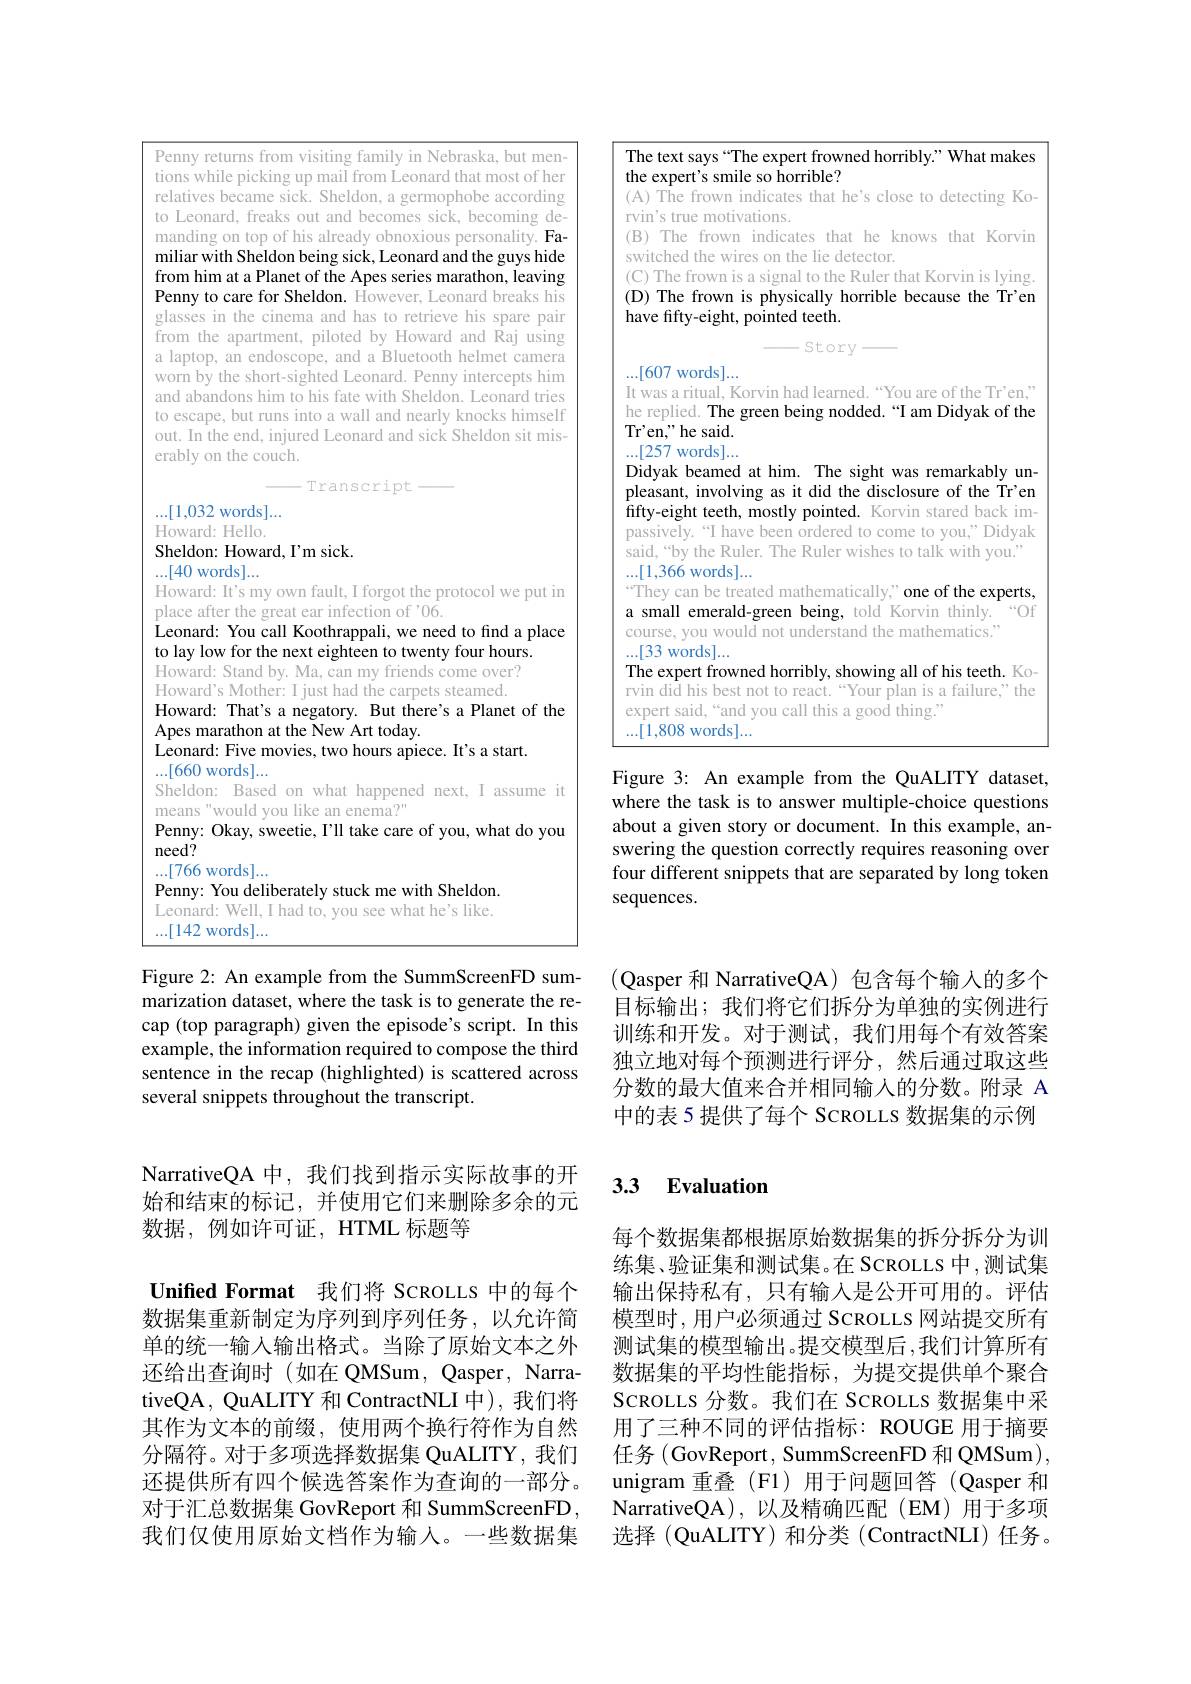
Penny returns from visiting family in Nebraska, but mentions while picking up mail from Leonard that most of her relatives became sick. Sheldon, a germophobe according to Leonard, freaks out and becomes sick, becoming demanding on top of his already obnoxious personality. Familiar with Sheldon being sick, Leonard and the guys hide from him at a Planet of the Apes series marathon, leaving Penny to care for Sheldon. However, Leonard breaks his glasses in the cinema and has to retrieve his spare pair from the apartment, piloted by Howard and Raj using a laptop, an endoscope, and a Bluetooth helmet camera worn by the short-sighted Leonard. Penny intercepts him and abandons him to his fate with Sheldon. Leonard tries to escape, but runs into a wall and nearly knocks himself out. In the end, injured Leonard and sick Sheldon sit miserably on the couch.

Transcript

...[1,032 words]...

Howard: Hello.

Sheldon: Howard, I'm sick.

$\ldots[40$ words$]\ldots$

Howard: It's my own fault, I forgot the protocol we put in

place after the great ear infection of '06.

Leonard: You call Koothrappali, we need to find a place

to lay low for the next eighteen to twenty four hours.

Howard: Stand by. Ma, can my friends come over?

Howard's Mother: I just had the carpets steamed.

Howard: That's a negatory. But there's a Planet of the

Apes marathon at the New Art today.

Leonard: Five movies, two hours apiece. It's a start.

...[660 words]...

Sheldon: Based on what happened next, I assume it

means"would you like an enema?"

Penny: Okay, sweetie, I'll take care of you, what do you

need?

$\ldots[766$ words]...

Penny: You deliberately stuck me with Sheldon.

Leonard: Well, I had to, you see what he's like.

$\ldots[142$ words]...

Figure 2: An example from the SummScreenFD summarization dataset, where the task is to generate the recap (top paragraph) given the episode's script. In this example, the information required to compose the third sentence in the recap (highlighted) is scattered across several snippets throughout the transcript.

<table>
	<tbody>
		<tr>
			<td>71 $t]$</td>
			<td>ext says“The expert frowned horribly.”What makes xpert's smile so horrible?</td>
		</tr>
		<tr>
			<td>T $\textbf{F}$</td>
			<td>The frown indicates that he's close to detecting Ko s true motivations. The frown indicates that he knows that Korvin ched the wires on the lie detector. The frown is a signal to the Ruler that Korvin is lying. The frown is physically horrible because the Tr'en fifty-eight, pointed teeth.</td>
		</tr>
		<tr>
			<td>$I$ h $T$</td>
			<td>WUIUS us a ritual, Korvin had learned.“You are of the Tr'en, plied. The green being nodded.“I am Didyak of the $\mathrm{n,}^{,,,}$he said. words]</td>
		</tr>
		<tr>
			<td>$I$ $F$ $f.$ F</td>
			<td>ak beamed at him. The sight was remarkably un- sant, involving as it did the disclosure of the Tr'en eight teeth, mostly pointed. Korvin stared back im- ively.“I have been ordered to come to you,”Didyak</td>
		</tr>
		<tr>
			<td> </td>
			<td>1 Ilave OC $OIUCICU$ LUCOll $:[0,y0u$, “by the Ruler. The Ruler wishes to talk with you' 366 words]... y can be treated mathematically," one of the experts nall emerald-green being, told Korvin thinly. $660f$ se, you would not understand the mathematics."</td>
		</tr>
	</tbody>
</table>

Figure 3: An example from the QuALITY dataset,

where the task is to answer multiple-choice questions about a given story or document. In this example, answering the question correctly requires reasoning over four different snippets that are separated by long token sequences.

(Qasper 和 NarrativeQA)包含每个输入的多个目标输出；我们将它们拆分为单独的实例进行训练和开发。对于测试，我们用每个有效答案独立地对每个预测进行评分，然后通过取这些分数的最大值来合并相同输人的分数。附录 A 中的表 5 提供了每个 SCROLLS 数据集的示例

NarrativeQA 中，我们找到指示实际故事的开始和结束的标记，并使用它们来删除多余的元数据，例如许可证，HTML 标题等

Unified Format 我们将 SCROLLS 中的每个数据集重新制定为序列到序列任务，以允许简单的统一输人输出格式。当除了原始文本之外还给出查询时(如在QMSum，Qasper,NarrativeQA, QuALITY 和 ContractNLI 中), 我们将其作为文本的前缀，使用两个换行符作为自然分隔符。对于多项选择数据集 QuALITY, 我们还提供所有四个候选答案作为查询的一部分。对于汇总数据集 GovReport 和 SummScreenFD , 我们仅使用原始文档作为输入。一些数据集

## 3.3 Evaluation

每个数据集都根据原始数据集的拆分拆分为训练集、验证集和测试集。在 SCROLLS 中 ,测试集输出保持私有，只有输入是公开可用的。评估模型时，用户必须通过 ScROLLS 网站提交所有测试集的模型输出。提交模型后 ,我们计算所有数据集的平均性能指标，为提交提供单个聚合SCROLLS 分数。我们在 SCROLLS 数据集中采用了三种不同的评估指标：ROUGE 用于摘要任务 (GovReport, SummScreenFD 和 QMSum), unigram 重叠 (F1)用于问题回答 (Qasper 和NarrativeQA),以及精确匹配(EM)用于多项选择 (QuALITY) 和分类 (ContractNLI) 任务。